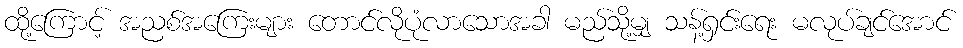
ထို့ကြောင့် အညစ်အကြေးများ တောင်လိုပုံလာသောအခါ မည်သို့မျှ သန့်ရှင်းရေး မလုပ်ချင်အောင်